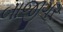
બાજીગર